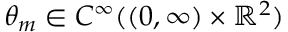
\theta _ { m } \in C ^ { \infty } ( ( 0 , \infty ) \times \ensuremath { \mathbb { R } } ^ { 2 } )